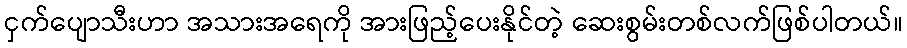
ငှက်ပျောသီးဟာ အသားအရေကို အားဖြည့်ပေးနိုင်တဲ့ ဆေးစွမ်းတစ်လက်ဖြစ်ပါတယ်။